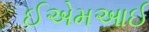
ઈએમઆઈ